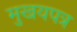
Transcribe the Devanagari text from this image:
मुखयपत्र